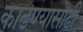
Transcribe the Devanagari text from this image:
काढण्यासाढी